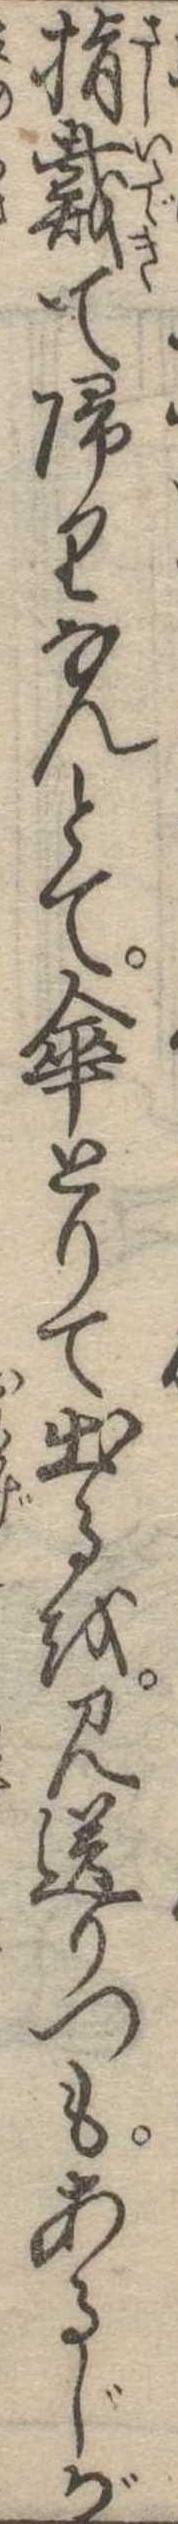
指戴て帰りなんとて傘とりて出るを見送りつもあるじが